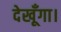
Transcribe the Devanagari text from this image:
देखूँगा।